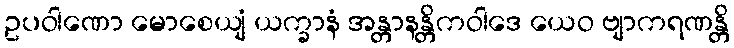
ဥပဝါဏော မောစေယျံ ယက္ခာနံ အန္တာနန္တိကဝါဒေ ယေဝ ဗျာကရဏန္တိ